King Institute of Preventive Medicine Micro-Biological Section reports 1912-19
Year: 1912
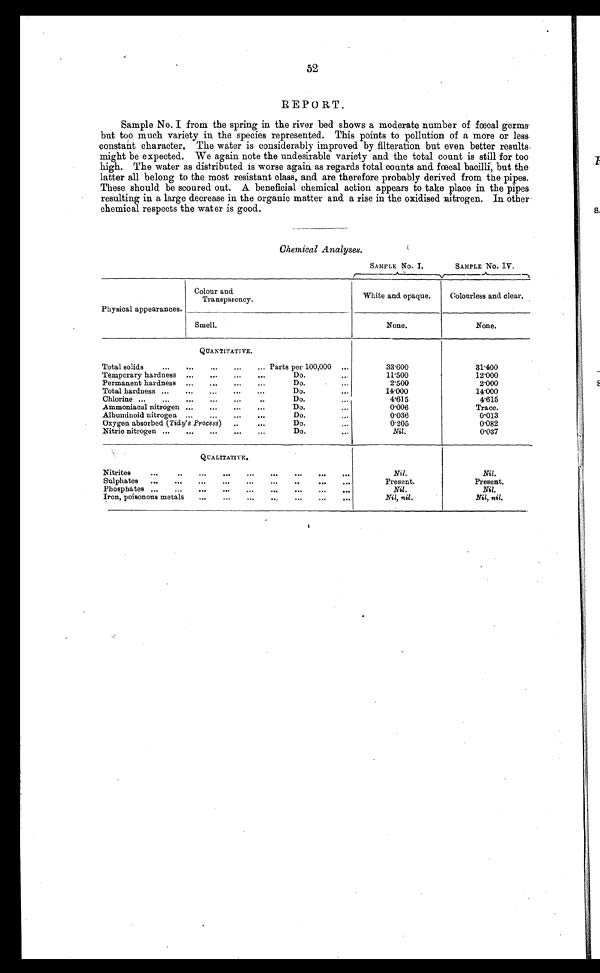
52
REPORT.
Sample No. I from the spring in the river bed shows a moderate number of fœcal germs
but too much variety in the species represented. This points to pollution of a more or less
constant character, The water is considerably improved by filteration but even better results
might be expected. We again note the undesirable variety and the total count is still for too
high. The water as distributed is worse again as regards total counts and fœcal bacilli, but the
latter all belong to the most resistant class, and are therefore probably derived from the pipes.
These should be scoured out. A. beneficial chemical action appears to take place in the pipes
resulting in a large decrease in the organic matter and a rise in the oxidised nitrogen. In other
chemical respects the water is good.
Chemical Analyses.
SAMPLE No. I.
SAMPLE No. IV.
Physical appearances.
Colour and
Transparency.
White and opaque.
Colourless and clear.
Smell.
None.
None.
QUANTITATIVE.
Total solids
...
...
...
... Parts per 100,000 ...
33.600
31.400
Temporary hardness ...
...
...
...
Do.
...
11.500
12.000
Permanent hardness ...
...
...
Do.
...
2.500
2.000
Total hardness ...
...
...
...
...
Do.
...
14.000
1 4 . 0 0 0
Chlorine ...
...
...
...
...
..
Do.
. . .
4.615
4.615
Ammoniacal nitrogen ...
...
...
...
Do.
...
0.006
Trace.
Albuminoid nitrogen ...
...
...
Do.
...
0.036
0.013
Oxygen absorbed (Tidy's Process)
..
...
Do.
. . .
0.205
0.082
Nitric nitrogen ...
...
...
Do.
...
Nil.
0.037
QUALITATIVE.
Nitrites
...
...
...
...
...
...
...
...
Nil.
Nil.
Sulphates
...
...
...
...
...
...
...
...
Present.
Present.
Phosphates ...
...
...
...
...
...
...
...
...
Nil.
Nil.
Iron, poisonous metals
...
...
...
...
...
Nil, nil.
Nil, ni l.